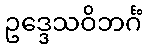
ဥဒ္ဒေသဝိဘင်္ဂံ